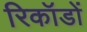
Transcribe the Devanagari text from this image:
रिकॉडों